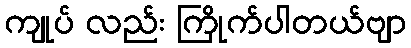
ကျုပ် လည်း ကြိုက်ပါတယ်ဗျာ